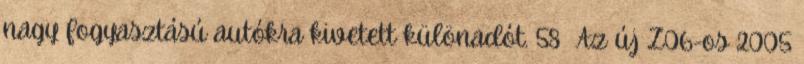
nagy fogyasztású autókra kivetett különadót. 58 Az új Z06-os 2005